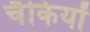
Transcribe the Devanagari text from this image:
चैकियों